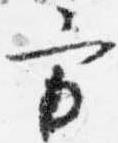
方